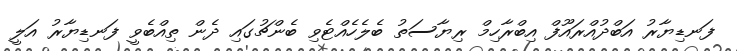
ފަނޑިޔާރު އަބްދުއްރައޫފް އިބްރާހިމް ރިޔާސަތު ބެލެހެއްޓެވި ބެންޗުގައި ދެން ތިއްބެވީ ފަނޑިޔާރު އަލީ